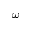
\omega